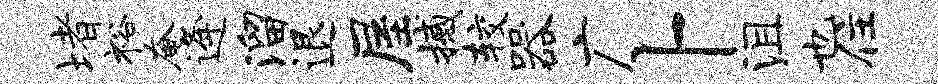
堵裕奄逄溜退屋撼较器广卜沮也住